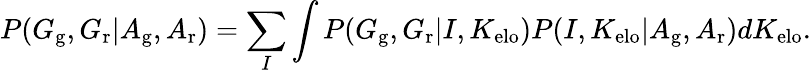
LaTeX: P(G_{\mathrm{g}},G_{\mathrm{r}}|A_{\mathrm{g}},A_{\mathrm{r}})=\sum_{I}\int P(G_{\mathrm{g}},G_{\mathrm{r}}|I,K_{\mathrm{elo}})P(I,K_{\mathrm{elo}}|A_{\mathrm{g}},A_{\mathrm{r}})dK_{\mathrm{elo}}.